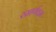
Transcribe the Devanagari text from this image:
रसार्णवम